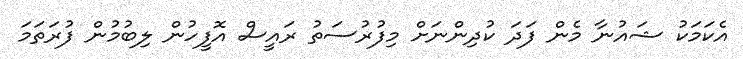
އެކަމަކު ޝައުނާ މެން ފަދަ ކުުދިންނަށް މިފުރުސަތު ރައީސް އޮފީހުން ލިބުމުން ފުރަތަމަ